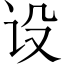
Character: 设